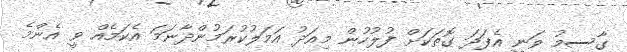
ގާސިމު ވަނީ އެފަދަ ގޮތަކަށް ފުލުހުން މިއަދު އަމަލުކުރަމުންދާނަމަ އެކަމެއް ވީ އެންމެ